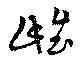
雌